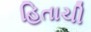
હિતાચી